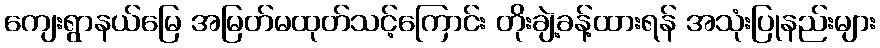
ကျေးရွာနယ်မြေ အမြတ်မထုတ်သင့်ကြောင်း တိုးချဲ့ခန့်ထားရန် အသုံးပြုနည်းများ